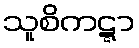
သူစိကဋ္ဋာ